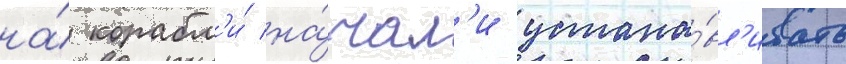
на́ корабл'и́ на́чал'и устана́вл'ивать